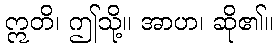
ဣတိ၊ ဤသို့။ အာဟ၊ ဆို၏။